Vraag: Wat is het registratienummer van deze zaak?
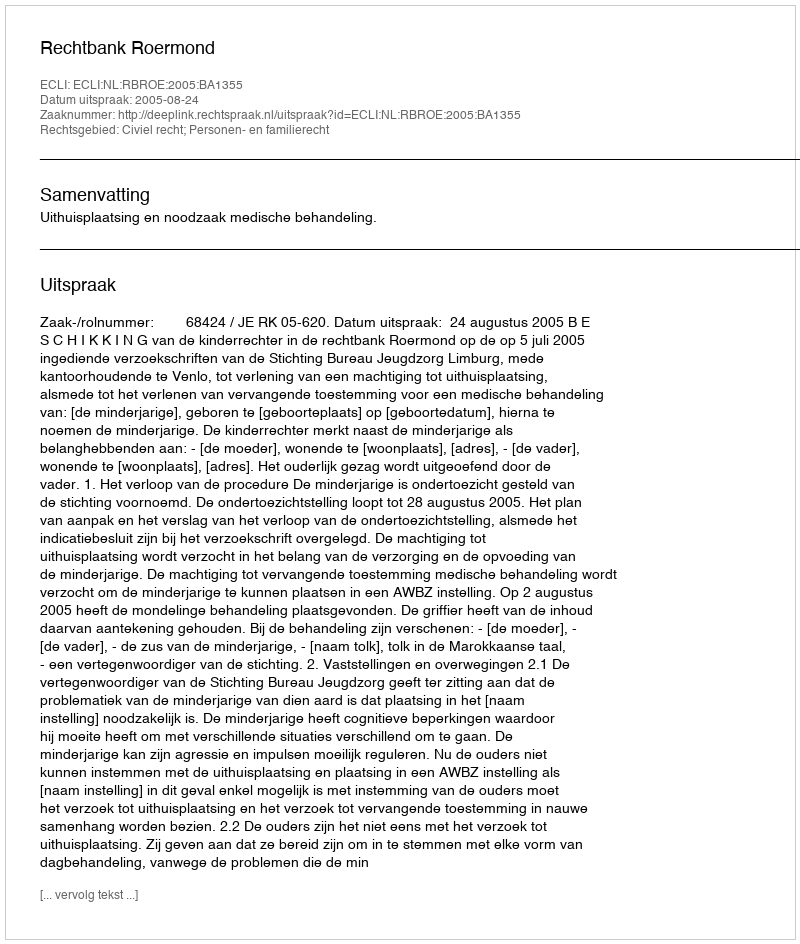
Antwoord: http://deeplink.rechtspraak.nl/uitspraak?id=ECLI:NL:RBROE:2005:BA1355